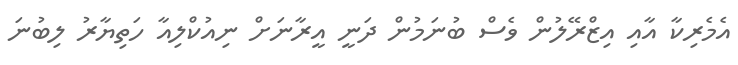
އެމެރިކާ އާއި އިޒްރޭލުން ވެސް ބުނަމުން ދަނީ އީރާނަށް ނިއުކްލިއާ ހަތިޔާރު ލިބުނަ